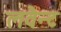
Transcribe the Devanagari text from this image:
लवैन्ट